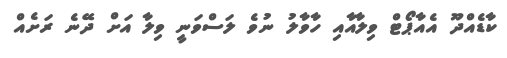
ކާޑެއްދޫ އެއާޕޯޓް ވިލާއާއި ހާވާލު ނުވެ ލަސްވަނީ ވިލާ އަށް ދޭނެ ރަށެއް